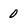
Character: 0